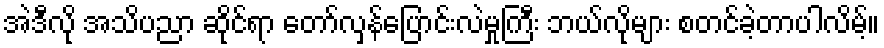
အဲဒီလို အသိပညာ ဆိုင်ရာ တော်လှန်ပြောင်းလဲမှုကြီး ဘယ်လိုများ စတင်ခဲ့တာပါလိမ့်။